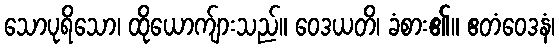
သောပုရိသော၊ ထိုယောက်ျားသည်။ ဝေဒယတိ၊ ခံစား၏။ ဧတံဝေဒနံ၊